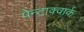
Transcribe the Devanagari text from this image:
पेन्टाक्वार्क